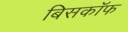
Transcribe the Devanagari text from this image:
बिसकॉफ